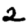
Digit: 2